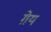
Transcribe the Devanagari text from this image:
ग़ेय